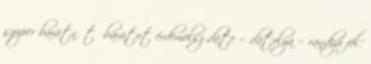
szuper barátnőt barátot érdemelsz date = datolya = randizó fél.